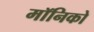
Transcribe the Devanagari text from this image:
मॉनिको